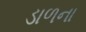
ડાળના